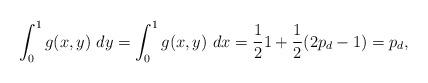
LaTeX: \begin{align*}\int_0^1 g(x,y)~ dy= \int_0^1 g(x,y)~ dx=\frac{1}{2} 1+\frac{1}{2} (2p_d-1)=p_d, \end{align*}